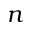
n